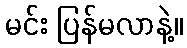
မင်း ပြန်မလာနဲ့။